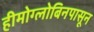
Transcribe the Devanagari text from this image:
हीमोग्लोबिनपासून